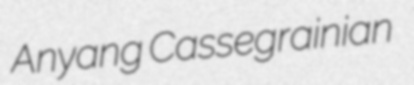
Anyang Cassegrainian